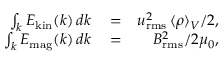
\begin{array} { r l r } { \int _ { k } E _ { \mathrm { k i n } } ( k ) \, d k } & { { } = } & { u _ { \mathrm { r m s } } ^ { 2 } \, \langle \rho \rangle _ { V } / 2 , } \\ { \int _ { k } E _ { \mathrm { m a g } } ( k ) \, d k } & { { } = } & { B _ { \mathrm { r m s } } ^ { 2 } / 2 \mu _ { 0 } , } \end{array}